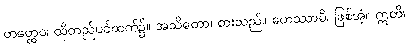
တတ္ထေဝ၊ ထိုတည်ပင်ထက်၌။ အသိတော၊ စားသည်။ ဟေဿာမိ၊ ဖြစ်အံ့။ ဣတိ၊